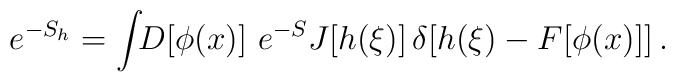
e^{-S_h} =\int\!\!D[\phi(x)]\ e^{-S} J[h(\xi)]\,\delta[h(\xi) - F[\phi(x)]]\,.